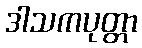
ဒါသကပုတ္တာ